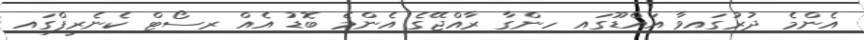
އެންމެ ދުރުގައިވާ އައްޑޫގައި ހިންގާ ރާއްޖޭގެ އެންމެ ބޮޑު އެއް ރިސޯޓް ކެނެރީފްގައި